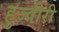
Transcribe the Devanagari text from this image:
हुज्वीरी